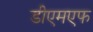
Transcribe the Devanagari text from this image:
डीएमएफ